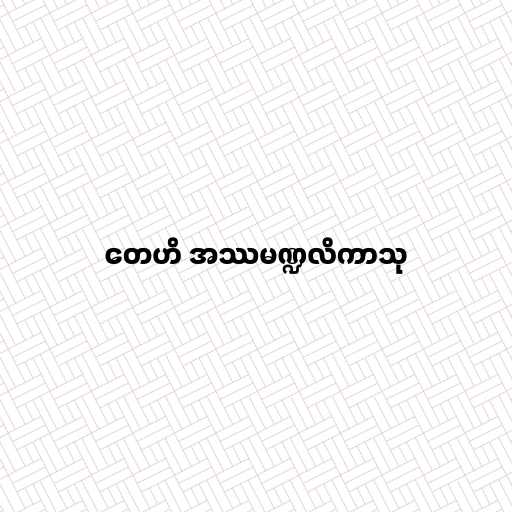
တေဟိ အဿမဏ္ဍလိကာသု